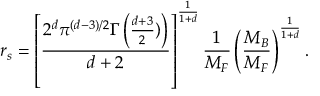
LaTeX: r _ { s } = \left[ \frac { 2 ^ { d } \pi ^ { ( d - 3 ) / 2 } \Gamma \left( \frac { d + 3 } { 2 } ) \right) } { d + 2 } \right] ^ { \frac { 1 } { 1 + d } } \frac { 1 } { M _ { F } } \left( \frac { M _ { B } } { M _ { F } } \right) ^ { \frac { 1 } { 1 + d } } .